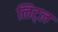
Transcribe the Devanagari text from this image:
लिट्‌ल